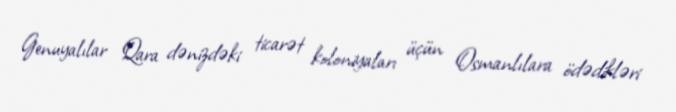
Genuyalılar Qara dənizdəki ticarət koloniyaları üçün Osmanlılara ödədikləri